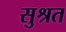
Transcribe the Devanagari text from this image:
सुश्रत